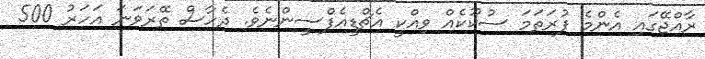
ރާއްޖޭގައި އެންމެ ފުރަތަމަ ސުކޫކެއް ވިއްކީ އެޗްޑީއެފްސީންނެވެ. ދެހާސް ތޭރަވަނަ އަހަރު 500